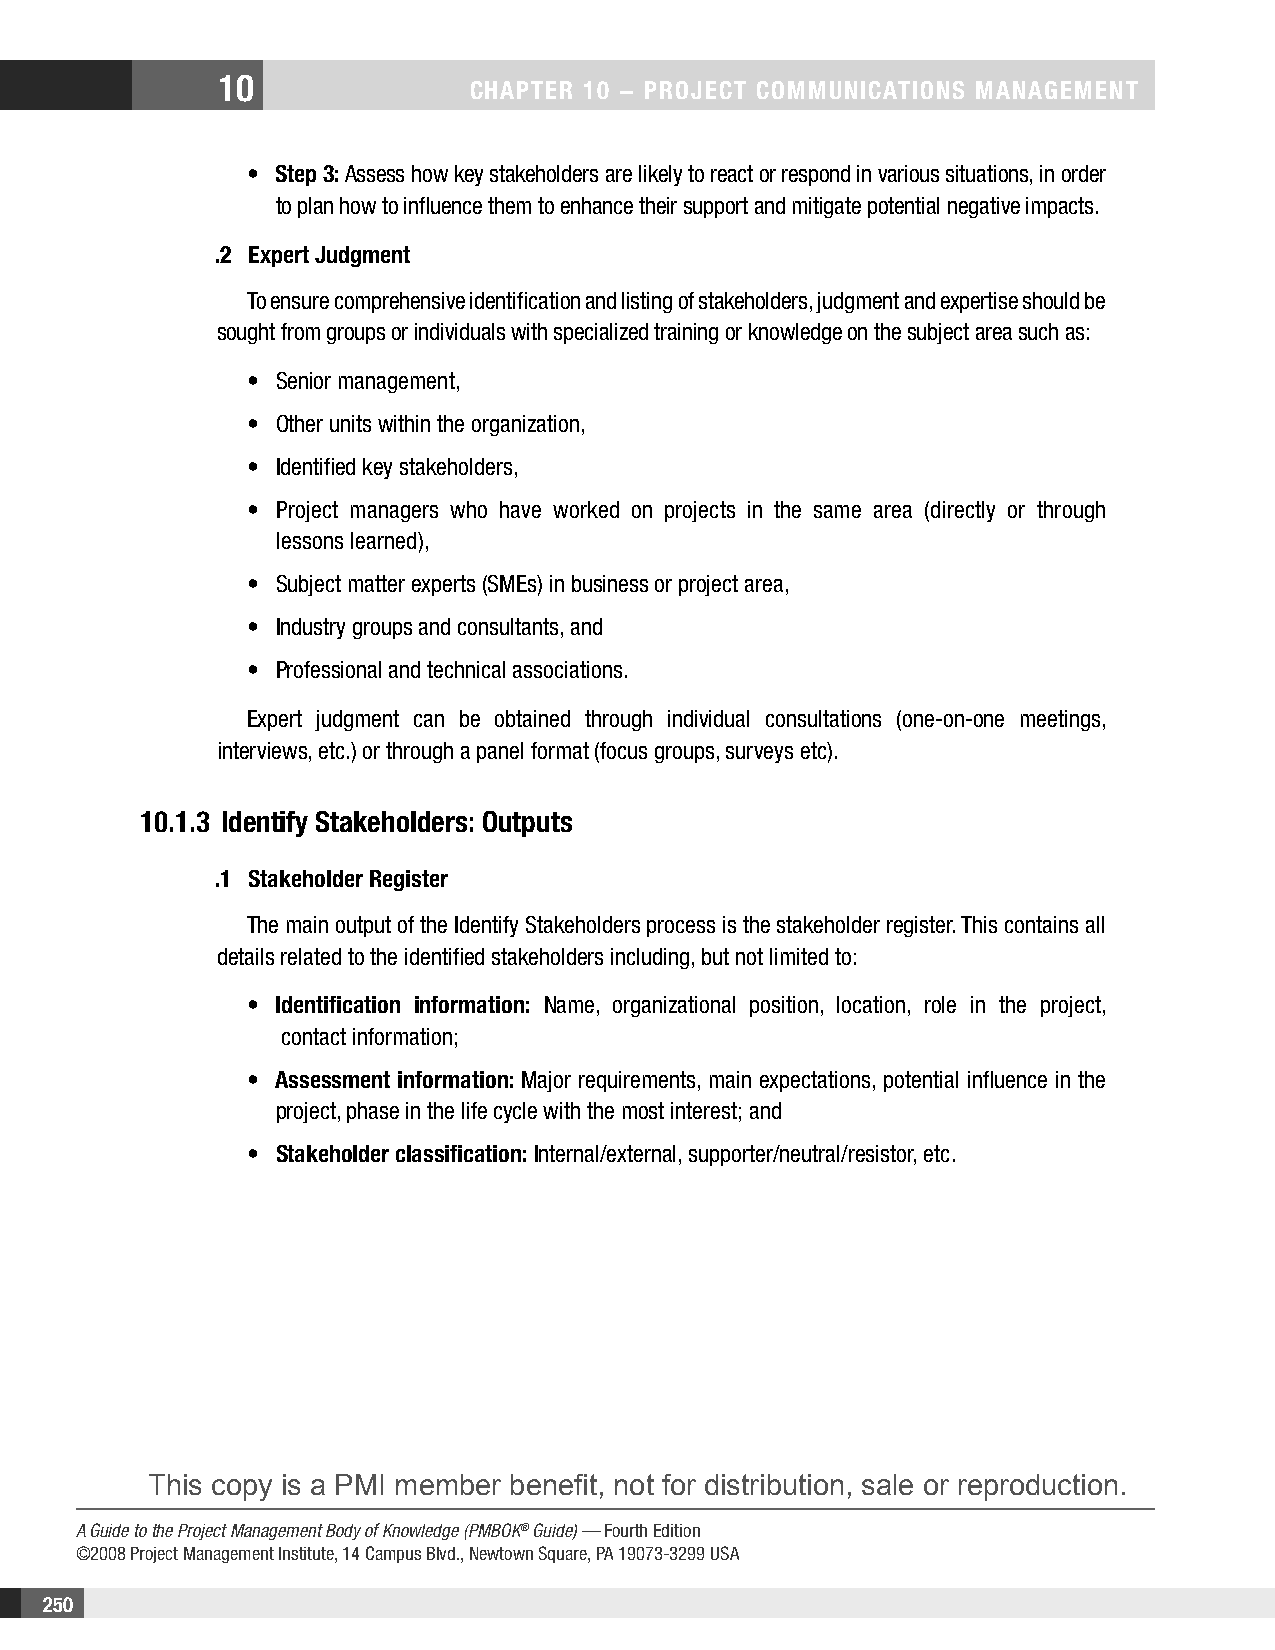
10
 CHAPTER 10 − PROjECT COMMunICATIOnS MAnAgEMEnT
 • Step 3: Assess how key stakeholders are likely to react or respond in various situations, in order
 to plan how to influence them to enhance their support and mitigate potential negative impacts.
 .2 Expert judgment
 To ensure comprehensive identification and listing of stakeholders, judgment and expertise should be
 sought from groups or individuals with specialized training or knowledge on the subject area such as:
 • Senior management,
 • Other units within the organization,
 • Identified key stakeholders,
 • Project managers who have worked on projects in the same area (directly or through
 lessons learned),
 • Subject matter experts (SMEs) in business or project area,
 • Industry groups and consultants, and
 • Professional and technical associations.
 Expert judgment can be obtained through individual consultations (one-on-one meetings,
 interviews, etc.) or through a panel format (focus groups, surveys etc).
 10.1.3 Identify Stakeholders: Outputs
 .1 Stakeholder Register
 The main output of the Identify Stakeholders process is the stakeholder register. This contains all
 details related to the identified stakeholders including, but not limited to:
 • Identification information: Name, organizational position, location, role in the project,
 contact information;
 • Assessment information: Major requirements, main expectations, potential influence in the
 project, phase in the life cycle with the most interest; and
 • Stakeholder classification: Internal/external, supporter/neutral/resistor, etc.
 This copy is a PMI member benefit, not for distribution, sale or reproduction.
 A Guide to the Project Management Body of Knowledge (PMBOK® Guide) — Fourth Edition
 ©2008 Project Management Institute, 14 Campus Blvd., Newtown Square, PA 19073-3299 USA
 250